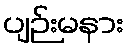
ပျဉ်းမနား